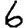
Digit: 6